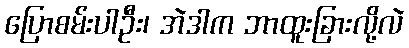
ပြောစမ်းပါဦး၊ အဲဒါက ဘာထူးခြားလို့လဲ